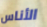
الأناس